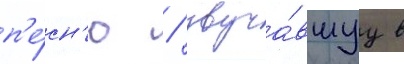
п'е́сн'ю / звуча́вшуу в